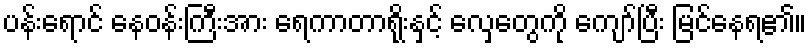
ပန်းရောင် နေဝန်းကြီးအား ရေကာတာရိုးနှင့် လှေတွေကို ကျော်ပြီး မြင်နေရ၏။